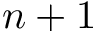
n + 1